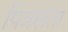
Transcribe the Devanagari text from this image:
पित्रसंता